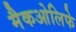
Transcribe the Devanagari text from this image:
मैकओलिफे